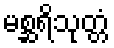
မစ္ဆရိသုတ္တံ